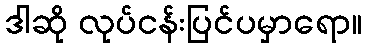
ဒါဆို လုပ်ငန်းပြင်ပမှာရော။